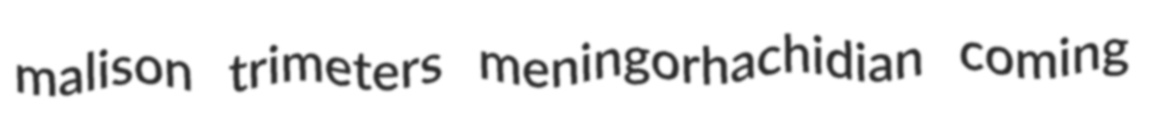
malison trimeters meningorhachidian coming